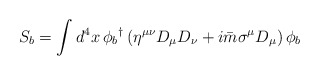
\begin{align*}S_{b}=\int d^{4}x\,\phi _{b}{}^{\dagger }\left( \eta ^{\mu \nu }D_{\mu}D_{\nu }+i\bar{m}\sigma ^{\mu }D_{\mu }\right) \phi _{b}\end{align*}